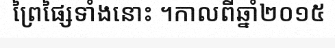
ព្រៃផ្សៃទាំងនោះ ។កាលពីឆ្នាំ២០១៥